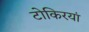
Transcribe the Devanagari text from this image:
टोकिरयां